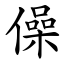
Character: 僺